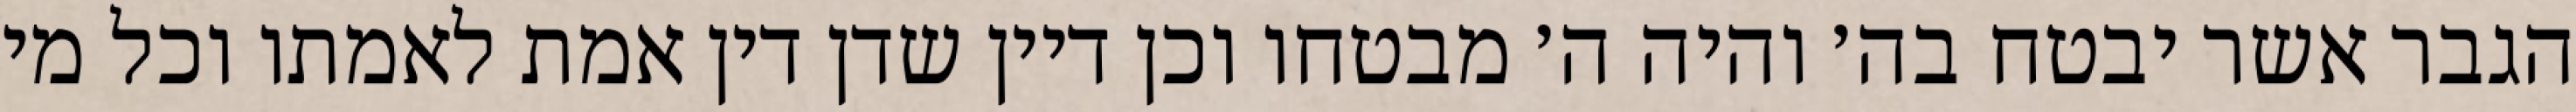
הגבר אשר יבטח בה׳ והיה ה׳ מבטחו וכן דיין שדן דין אמת לאמתו וכל מי